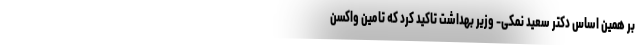
بر همین اساس دکتر سعید نمکی- وزیر بهداشت تاکید کرد که تامین واکسن